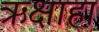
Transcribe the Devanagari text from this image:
ऋक्षाहा